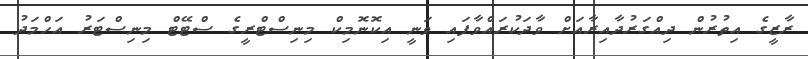
ރާޒީގެ އިތުރުން ދިއްގަރުދާއިރާއަށް ވާދަކުރައްވާފައި ވަނީ އިކޮނޮމިކް މިނިސްޓްރީގެ ސްޓޭޓް މިނިސްޓަރު އަހްމަދު